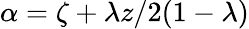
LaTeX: \alpha=\zeta+\lambda z/2(1-\lambda)